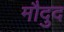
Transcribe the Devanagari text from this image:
मौदुद